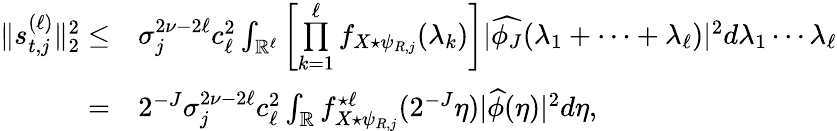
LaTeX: \begin{array}{rl}{\| s_{t,j}^{(\ell)}\| _{2}^{2}\leq}&{\sigma_{j}^{2\nu-2\ell}c_{\ell}^{2}\int_{\mathbb{R}^{\ell}}\left[\overset{\ell}{\underset{k=1}{\prod}}f_{X\star\psi_{R,j}}(\lambda_{k})\right]|\widehat{\phi_{J}}(\lambda_{1}+\cdots+\lambda_{\ell})|^{2}d\lambda_{1}\cdots\lambda_{\ell}}\\ {=}&{2^{-J}\sigma_{j}^{2\nu-2\ell}c_{\ell}^{2}\int_{\mathbb{R}}f_{X\star\psi_{R,j}}^{\star\ell}(2^{-J}\eta)|\widehat{\phi}(\eta)|^{2}d\eta,}\end{array}